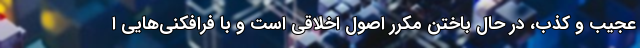
عجیب و کذب، در حال باختن مکرر اصول اخلاقی است و با فرافکنی‌هایی ا